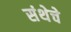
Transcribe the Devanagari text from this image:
संथेचे